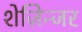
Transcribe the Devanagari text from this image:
शेज़िन्जर